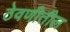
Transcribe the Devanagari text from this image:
ठेवणीतील